Regulations for the medical services of the Army of India
Year: 1930
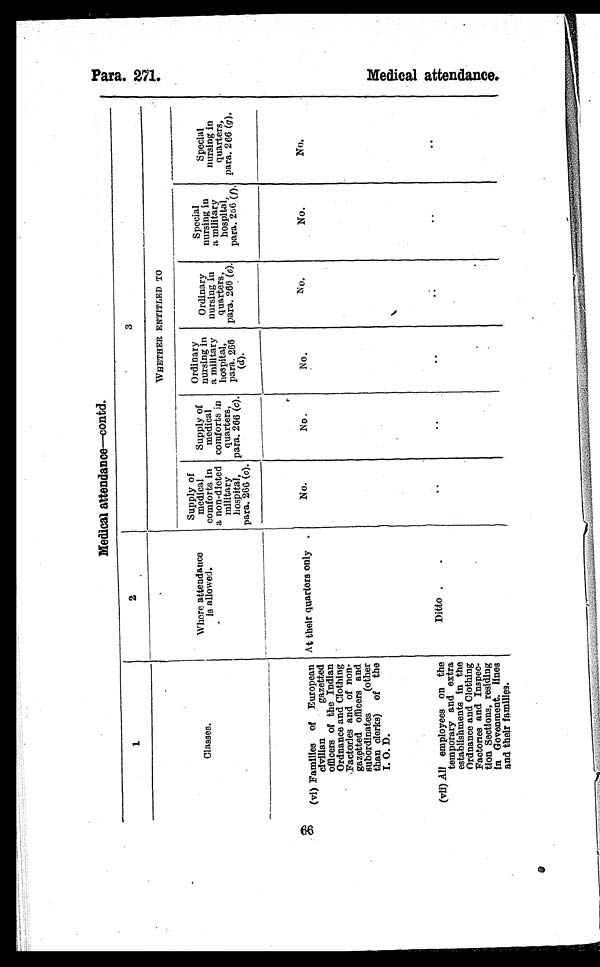
Medical attendance—contd.
1 .
2
3
Classes.
Where attendance
is allowed.
WHETHER ENTITLED TO
Supply of
medical
comforts in
a non-dieted
military
hospital,
para. 266 (c).
Supply of
medical
comforts in
quarters,
para. 266 (c ) .
Ordinary
nursing in
a military
hospital,
para. 266
(d).
Ordinary
nursing in
quarters,
para. 266 ( e).
Special
nursing in
a military
hospital
, p a r a (
f ) .
Special
nursing in
quarters,
para. 266 (g).
(vi) Families of European
civilian gazetted
officers of the Indian
Ordnance and Clothing
Factories and of non
¬gazetted officers and
subordinates (other
than clerks) of the
I 0.D.
At their quarters only .
No.
No.
No.
N o
No.
No.
(vii) All employees on the
temporary and extra
establishments in the
Ordnance and Clothing
Factories and Inspec
¬tion Sections, residing
in Govenment. lines
and their families.
Ditto
.
M e d i c a a l t t e n d a n c e